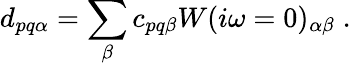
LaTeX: d_{pq\alpha}=\sum_{\beta}c_{pq\beta}W(i\omega=0)_{\alpha\beta}\; .